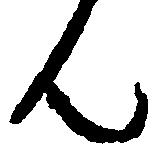
ん